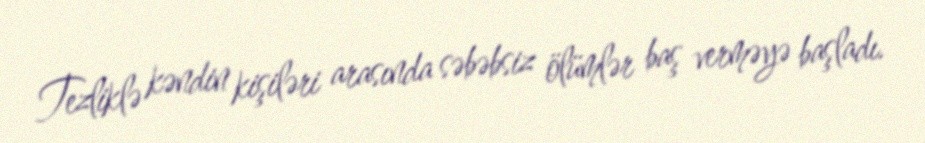
Tezliklə kəndin kişiləri arasında səbəbsiz ölümlər baş verməyə başladı.